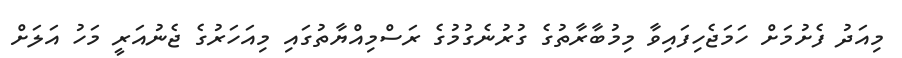
މިއަދު ފެށުމަށް ހަމަޖެހިފައިވާ މިމުބާރާތުގެ ގުރުނެގުމުގެ ރަސްމިއްޔާތުގައި މިއަހަރުގެ ޖެނުއަރީ މަހު އަލަށް